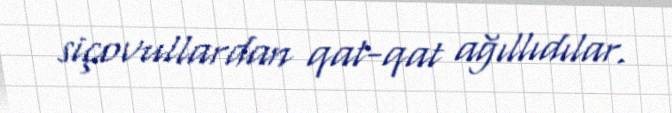
siçovullardan qat-qat ağıllıdılar.